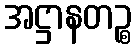
အဋ္ဌာနတဉ္စ